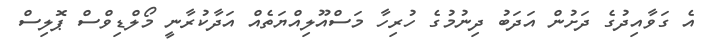
އެ ގަވާއިދުގެ ދަށުން އަދަބު ދިނުމުގެ ހުރިހާ މަސްއޫލިއްޔަތެއް އަދާކުރާނީ މޯލްޑިވްސް ޕޮލިސް